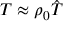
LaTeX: T \approx \rho _ { 0 } { \hat { T } }